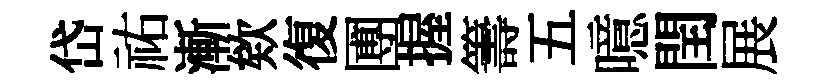
岱祐漸欸復圑握籌五噫閏展